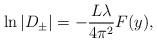
LaTeX: \begin{align*}\ln\vert D_{\pm}\vert =-\frac{L\lambda}{4\pi^2}F(y), \end{align*}